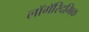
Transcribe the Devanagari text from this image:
लॉगॅरिदमिक